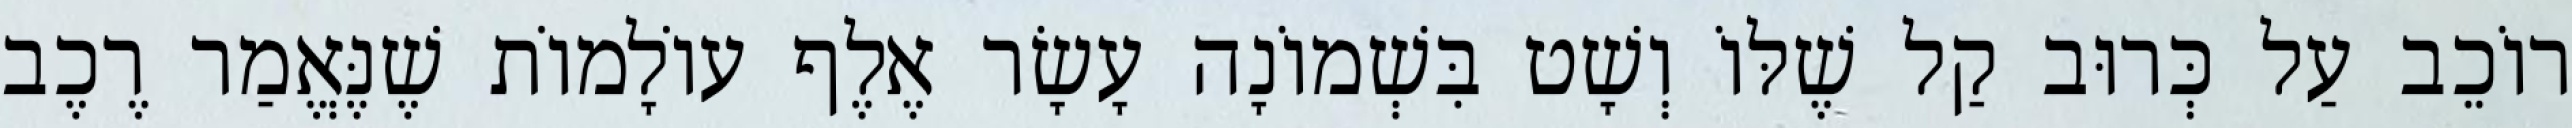
רוֹכֵב עַל כְּרוּב קַל שֶׁלּוֹ וְשָׁט בִּשְׁמוֹנָה עָשָׂר אֶלֶף עוֹלָמוֹת שֶׁנֶּאֱמַר רֶכֶב